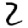
Digit: 2